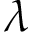
\lambda